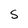
Character: s